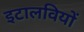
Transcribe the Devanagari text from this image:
इटालवियों